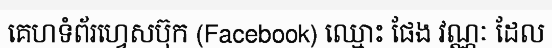
គេហទំព័រហ្វេសប៊ុក (Facebook) ឈ្មោះ ផែង វណ្ណៈ ដែល